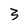
Character: 3